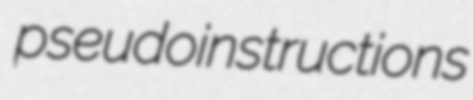
pseudoinstructions